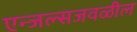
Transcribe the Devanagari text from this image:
एन्जल्सजवळील